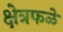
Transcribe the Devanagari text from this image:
क्षेत्रफळे